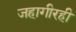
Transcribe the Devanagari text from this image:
जहागीरही